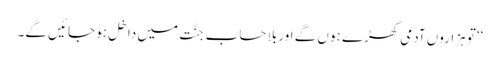
‘‘ تو ہزاروں آدَمی کھڑے ہوں گے اور بِلا حساب جنَّت میں داخِل ہو جائیں گے۔